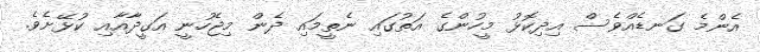
އެންމެ ގަނޑެއްވެސް އިދިކޮޅު މީހުންގެ އަތުގައި ނެތީމައި ދެން މިޖެހުނީ އަގީދާއާއި ކުޅޭށެވެ.